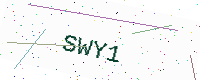
Text: SWY1